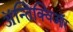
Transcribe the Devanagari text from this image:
ॲन्तिक्विऑर